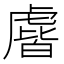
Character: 𰲧